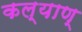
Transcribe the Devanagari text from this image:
कल्याण्